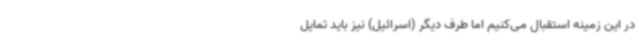
در این زمینه استقبال می‌کنیم اما طرف دیگر (اسرائیل) نیز باید تمایل